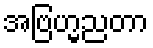
အဗြဟ္မညတာ